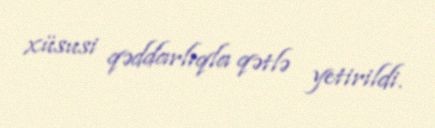
xüsusi qəddarlıqla qətlə yetirildi.